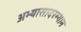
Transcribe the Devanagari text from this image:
अभ्यासादरम्यान